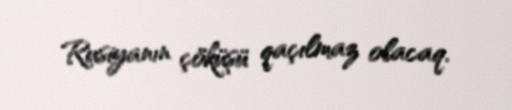
Rusiyanın çöküşü qaçılmaz olacaq.